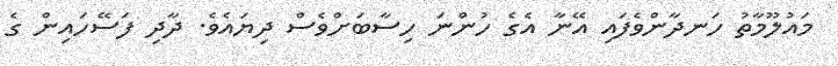
މައުލޫމާތު ހަނދާންވެފައި އޭނާ އެގެ ހުންނަ ހިސާބަށްވެސް ދިޔައެވެ. ދާދި ފަސޭހައިން ގެ